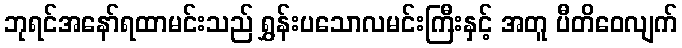
ဘုရင်အနော်ရထာမင်းသည် ရွှန်းပသောလမင်းကြီးနှင့် အတူ ပီတိဝေလျက်